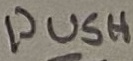
Text: PUSH